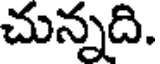
చున్నది.